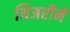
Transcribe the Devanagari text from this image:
थिअरीने